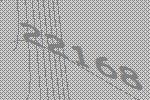
22168